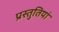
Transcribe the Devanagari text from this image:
प्रस्‍तुतियां